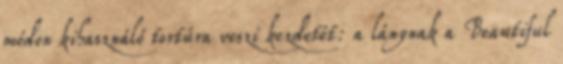
módon kihasználó tortúra veszi kezdetét: a lánynak a Beautiful